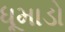
ધૂમાડો